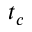
t _ { c }